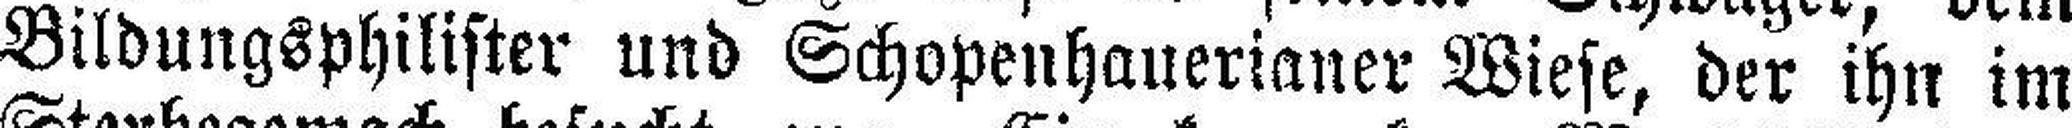
Bildungsphilister und Schopenhauerianer Wiese, der ihn im